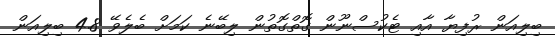
ބިލިއަން ރުފިޔާ އާއި ޓެކުސްނޫން ގޮތްގޮތުން ލިބޭނެ ކަމަށް ބެލެވޭ 4.8 ބިލިއަން